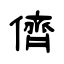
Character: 儕